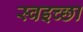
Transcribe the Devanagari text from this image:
स्वइच्छा